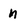
Character: n